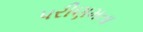
પરીણમતા